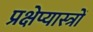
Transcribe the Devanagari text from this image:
प्रक्षेप्यास्त्रों